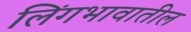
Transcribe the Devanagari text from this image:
लिंगभावातील